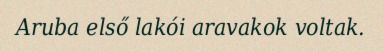
Aruba első lakói aravakok voltak.